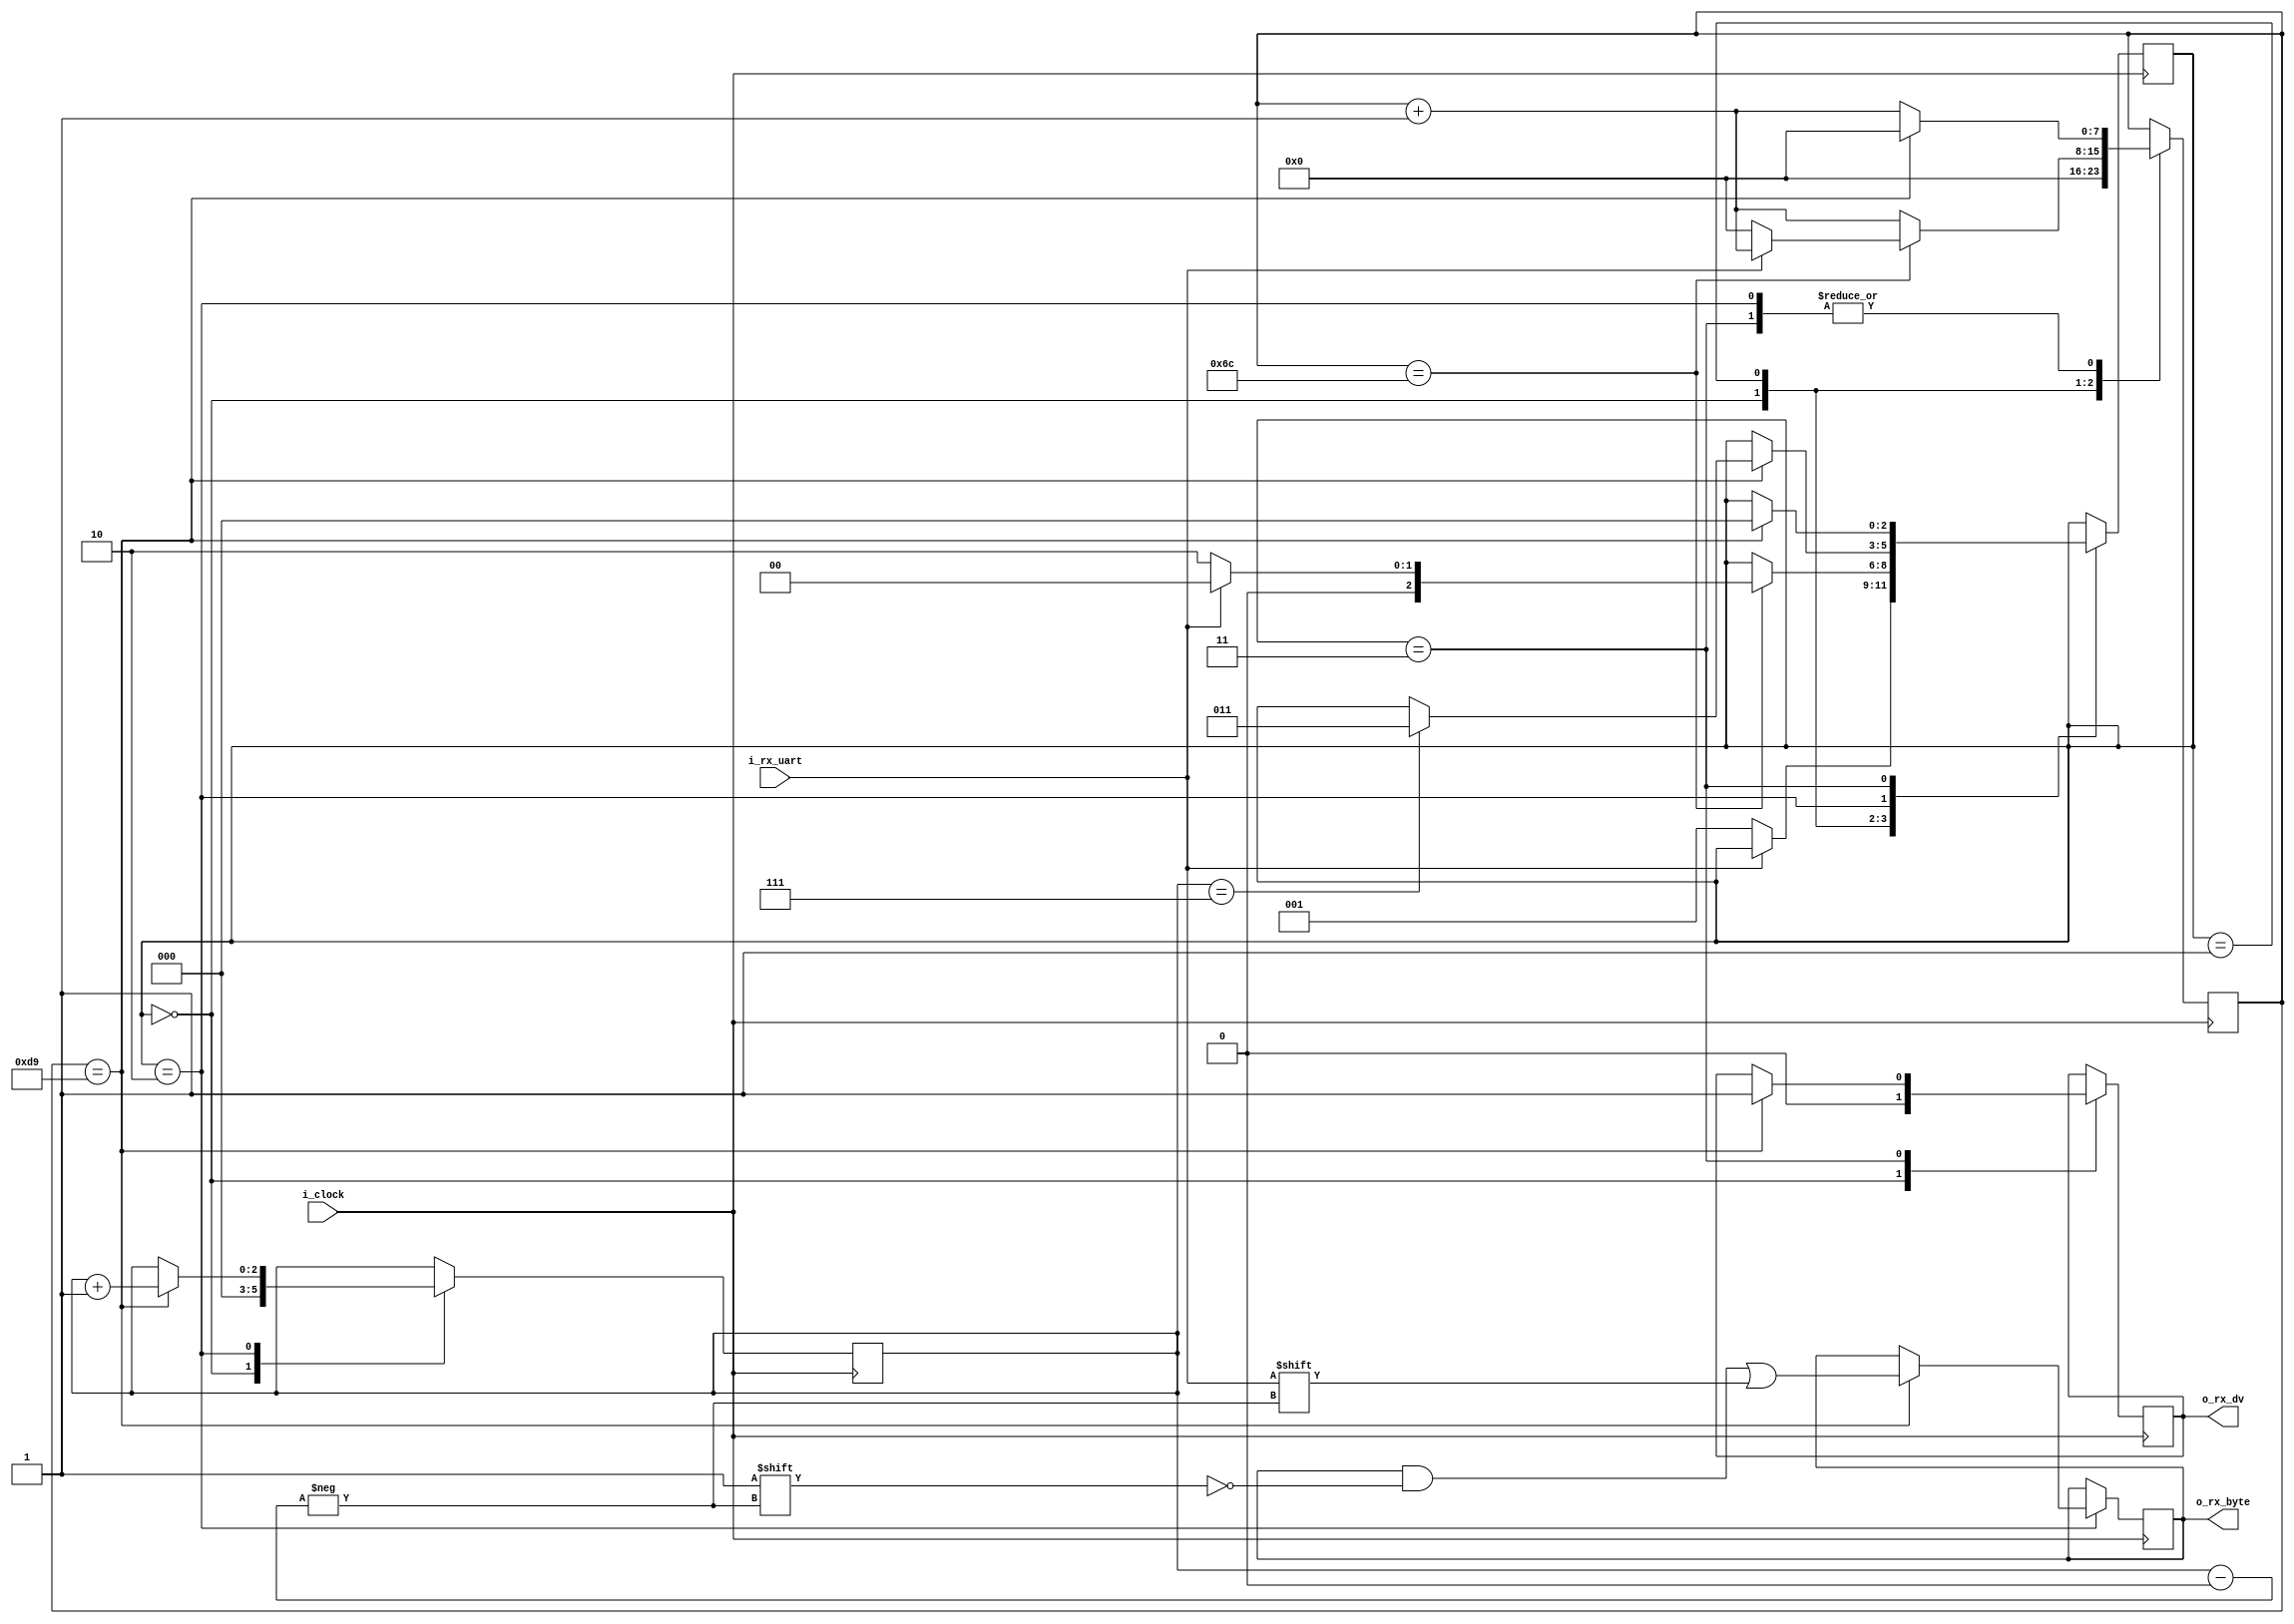
module uart_rx
#(
	parameter clks_per_bit = 217 // (25mhz (fpga clock) / 115200 (baudrate))
)
(
	input		i_clock,
	input		i_rx_uart,
	output		o_rx_dv,
	output [7:0]o_rx_byte
);

parameter	clks_mid_bit	= 108;
reg	[7:0]	r_cycle_count	= 8'h00;
reg	[2:0]	r_index			= 3'h0;
reg			r_dv			= 0;
reg	[7:0]	r_rx_byte		= 8'h00;
reg	[2:0]	r_state			= 0;

always @(posedge i_clock)
begin
	case (r_state)
		0:
		begin
			r_dv <= 0;
			r_cycle_count <= 0;
			r_index <= 0;

			if (i_rx_uart == 0) // Start bit is LOW
				r_state <= 1;
		end
		1:
		begin
			r_cycle_count <= r_cycle_count + 1;
			if (r_cycle_count == clks_mid_bit)
			begin
				if (i_rx_uart == 0)
				begin
					r_cycle_count <= 0;
					r_state <= 2;
				end
				else
					r_state = 0;
			end
		end
		2:
		begin
			r_cycle_count <= r_cycle_count + 1;
			if (r_cycle_count == clks_per_bit)
			begin
				r_cycle_count <= 0;
				r_rx_byte[r_index] <= i_rx_uart;
				if (r_index == 7)
					r_state = 3;
				r_index <= r_index + 1;
			end
		end
		3:
		begin
			r_cycle_count <= r_cycle_count + 1;
			if (r_cycle_count == clks_per_bit)
			begin
				r_cycle_count	<= 0;
				r_dv			<= 1;
				r_state			<= 0;
			end
		end
	endcase
end

assign o_rx_dv   = r_dv;
assign o_rx_byte = r_rx_byte;

endmodule